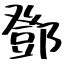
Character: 鄧